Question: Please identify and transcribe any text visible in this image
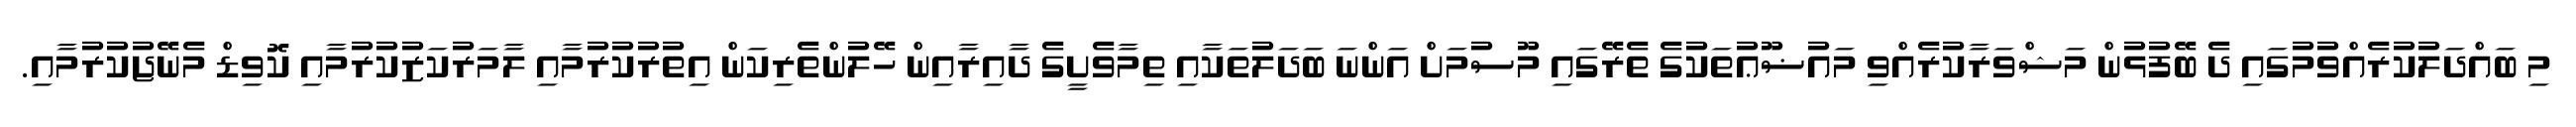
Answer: މި ބައްދަލުކުރެއްވުމުގައި ދެ ބޭފުޅުން މަޝްވަރާކުރެއްވި މައުޟޫޢުތަކުގެ ތެރޭގައި މޫސުމަށް އަންނަ ބަދަލުތަކާއި ތިމާވެށީގެ ދާއިރާއިން ހޭލުންތެރިކަން އިތުރުކުރުމާއި ލާމަރުކަޒުކުރުމާއި ކޮވިޑް މެނޭޖުކުރުމާއި.